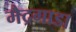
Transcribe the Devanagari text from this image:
मैद्रगाडा